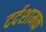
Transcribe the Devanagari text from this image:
दर्दशामक